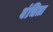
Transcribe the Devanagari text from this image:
वंचिता